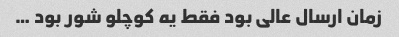
زمان ارسال عالی بود فقط یه کوچلو شور بود …